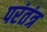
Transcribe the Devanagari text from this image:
परंतंत्र